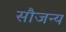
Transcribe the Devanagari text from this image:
सौजन्‍य